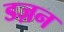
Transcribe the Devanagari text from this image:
डज़न